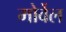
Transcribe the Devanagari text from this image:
मोर्वेल